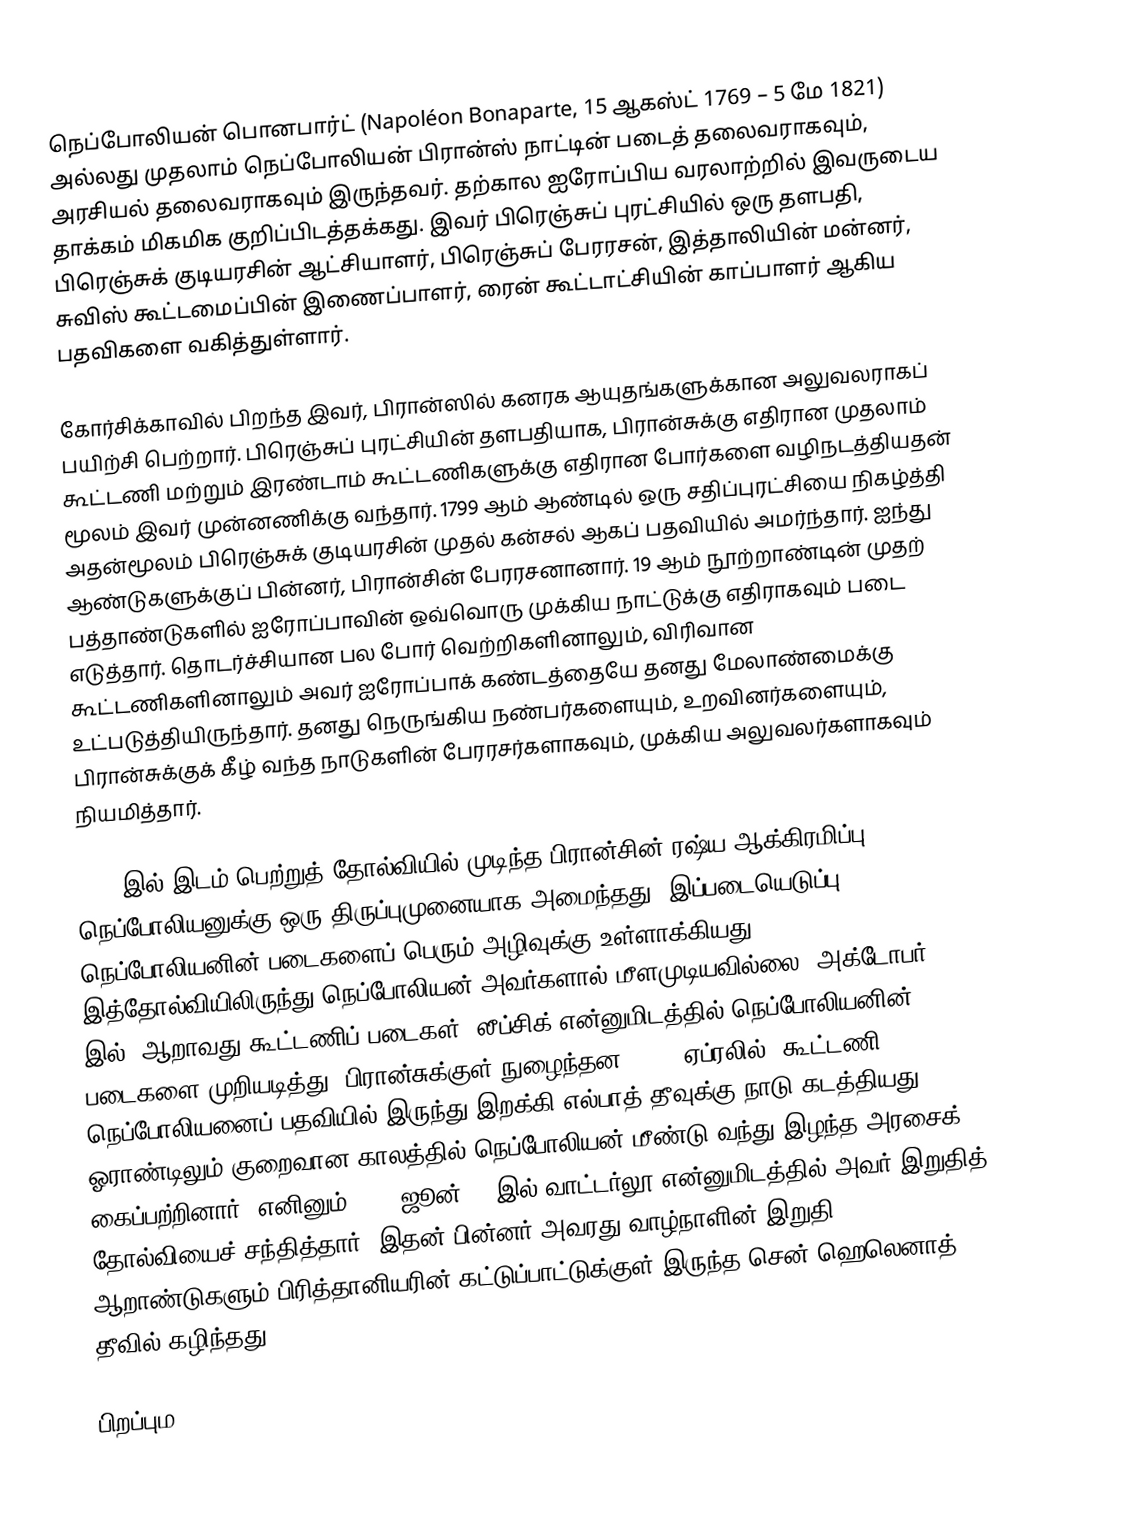
நெப்போலியன் பொனபார்ட் (Napoléon Bonaparte, 15 ஆகஸ்ட் 1769 – 5 மே 1821) அல்லது முதலாம் நெப்போலியன் பிரான்ஸ் நாட்டின் படைத் தலைவராகவும், அரசியல் தலைவராகவும் இருந்தவர். தற்கால ஐரோப்பிய வரலாற்றில் இவருடைய தாக்கம் மிகமிக குறிப்பிடத்தக்கது. இவர் பிரெஞ்சுப் புரட்சியில் ஒரு தளபதி, பிரெஞ்சுக் குடியரசின் ஆட்சியாளர், பிரெஞ்சுப் பேரரசன், இத்தாலியின் மன்னர், சுவிஸ் கூட்டமைப்பின் இணைப்பாளர், ரைன் கூட்டாட்சியின் காப்பாளர் ஆகிய பதவிகளை வகித்துள்ளார்.

கோர்சிக்காவில் பிறந்த இவர், பிரான்ஸில் கனரக ஆயுதங்களுக்கான அலுவலராகப் பயிற்சி பெற்றார். பிரெஞ்சுப் புரட்சியின் தளபதியாக, பிரான்சுக்கு எதிரான முதலாம் கூட்டணி மற்றும் இரண்டாம் கூட்டணிகளுக்கு எதிரான போர்களை வழிநடத்தியதன் மூலம் இவர் முன்னணிக்கு வந்தார். 1799 ஆம் ஆண்டில் ஒரு சதிப்புரட்சியை நிகழ்த்தி அதன்மூலம் பிரெஞ்சுக் குடியரசின் முதல் கன்சல் ஆகப் பதவியில் அமர்ந்தார். ஐந்து ஆண்டுகளுக்குப் பின்னர், பிரான்சின் பேரரசனானார். 19 ஆம் நூற்றாண்டின் முதற் பத்தாண்டுகளில் ஐரோப்பாவின் ஒவ்வொரு முக்கிய நாட்டுக்கு எதிராகவும் படை எடுத்தார். தொடர்ச்சியான பல போர் வெற்றிகளினாலும், விரிவான கூட்டணிகளினாலும் அவர் ஐரோப்பாக் கண்டத்தையே தனது மேலாண்மைக்கு உட்படுத்தியிருந்தார். தனது நெருங்கிய நண்பர்களையும், உறவினர்களையும், பிரான்சுக்குக் கீழ் வந்த நாடுகளின் பேரரசர்களாகவும், முக்கிய அலுவலர்களாகவும் நியமித்தார்.

1812 இல் இடம் பெற்றுத் தோல்வியில் முடிந்த பிரான்சின் ரஷ்ய ஆக்கிரமிப்பு நெப்போலியனுக்கு ஒரு திருப்புமுனையாக அமைந்தது. இப்படையெடுப்பு, நெப்போலியனின் படைகளைப் பெரும் அழிவுக்கு உள்ளாக்கியது. இத்தோல்வியிலிருந்து நெப்போலியன் அவர்களால் மீளமுடியவில்லை. அக்டோபர் 1813 இல், ஆறாவது கூட்டணிப் படைகள், லீப்சிக் என்னுமிடத்தில் நெப்போலியனின் படைகளை முறியடித்து, பிரான்சுக்குள் நுழைந்தன. 1814 ஏப்ரலில், கூட்டணி நெப்போலியனைப் பதவியில் இருந்து இறக்கி எல்பாத் தீவுக்கு நாடு கடத்தியது. ஓராண்டிலும் குறைவான காலத்தில் நெப்போலியன் மீண்டு வந்து இழந்த அரசைக் கைப்பற்றினார். எனினும் 1815 ஜூன் 18 இல் வாட்டர்லூ என்னுமிடத்தில் அவர் இறுதித் தோல்வியைச் சந்தித்தார். இதன் பின்னர் அவரது வாழ்நாளின் இறுதி ஆறாண்டுகளும் பிரித்தானியரின் கட்டுப்பாட்டுக்குள் இருந்த சென் ஹெலெனாத் தீவில் கழிந்தது.

பிறப்பும